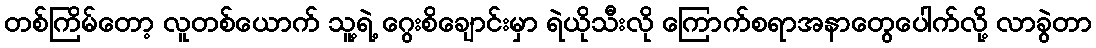
တစ်ကြိမ်တော့ လူတစ်ယောက် သူ့ရဲ့ ဂွေးစိချောင်းမှာ ရဲယိုသီးလို ကြောက်စရာအနာတွေပေါက်လို့ လာခွဲတာ